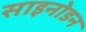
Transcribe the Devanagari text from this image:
साइनोडन